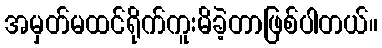
အမှတ်မထင်ရိုက်ကူးမိခဲ့တာဖြစ်ပါတယ်။